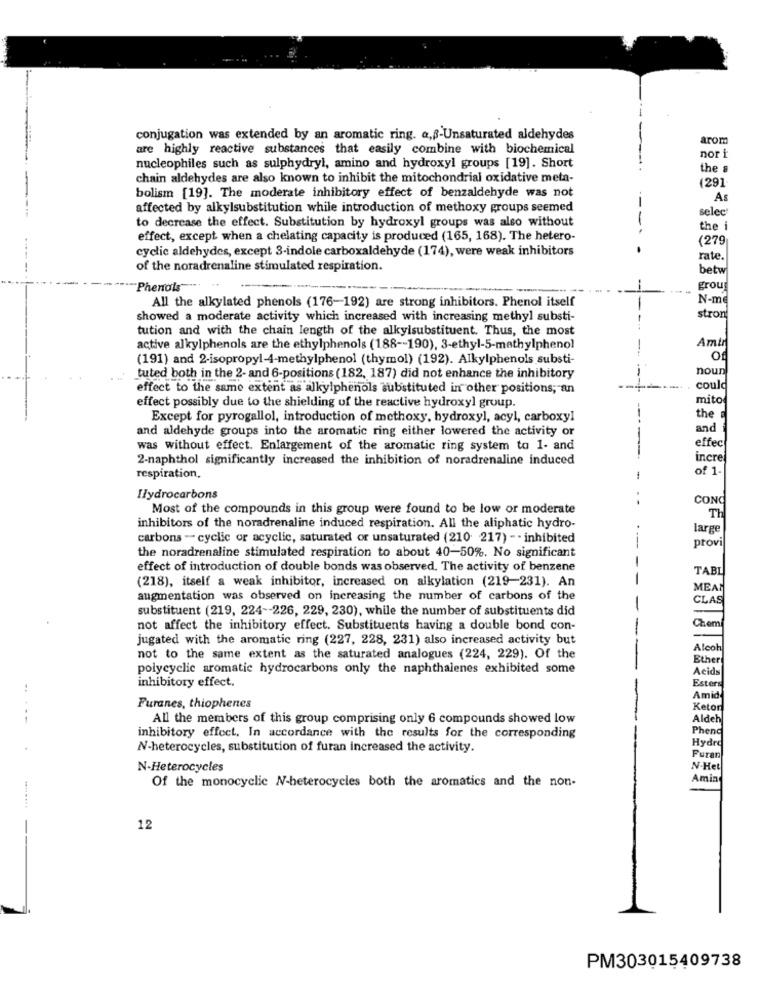
conjugation was extended by an aromatic ring. a,B-Unsaturated aldehydes
arom
are highly reactive substances that easily combine with biochemical
nor i
nucleophiles such as sulphydryl, amino and hydroxyl groups [19]. Short
the .
-
chain aldehydes are also known to inhibit the mitochondrial oxidative meta-
(291
bolism [19]. The moderate inhibitory effect of benzaldehyde was not
As
affected by alkylsubstitution while introduction of methoxy groups seemed
selec'
to decrease the effect. Substitution by hydroxyl groups was also without
----
the i
effect, except when a chelating capacity is produced (165, 168). The hetero-
(279
cyclic aldehydes, except 3-indole carboxaldehyde (174), were weak inhibitors
.
rate.
of the noradrenaline stimulated respiration.
betw
"Phenols" ...
grou
All the alkylated phenols (176-192) are strong inhibitors. Phenol itself
N-me
showed a moderate activity which increased with increasing methyl substi-
stron
tution and with the chain length of the alkylsubstituent. Thus, the most
active alkylphenols are the ethylphenols (188 -- 190), 3-ethyl-5-methylphenol
Amtr
(191) and 2-isopropyl-4-methylphenol (thymol) (192). Alkylphenols substi-
Of
noun
tuted both in the 2- and 6-positions (182, 187) did not enhance the inhibitory
effect to the same extent as alkylphenols substituted in other positions; an
coul
mito
effect possibly due to the shielding of the reactive hydroxyl group.
Except for pyrogallol, introduction of methoxy, hydroxyl, acyl, carboxyl
the
and aldehyde groups into the aromatic ring either lowered the activity or
and
was without effect. Enlargement of the aromatic ring system to 1- and
effec
2-naphthol significantly increased the inhibition of noradrenaline induced
incre
of 1-
respiration,
Hydrocarbons
. .
CONC
Most of the compounds in this group were found to be low or moderate
Th
inhibitors of the noradrenaline induced respiration. All the aliphatic hydro-
large
carbons - cyclic or acyclic, saturated or unsaturated (210 217) -- inhibited
---
provi
the noradrenaline stimulated respiration to about 40-50%. No significant
effect of introduction of double bonds was observed. The activity of benzene
TABL
--
(218), itself a weak inhibitor, increased on alkylation (219-231). An
MEA
augmentation was observed on increasing the number of carbons of the
CLAS
substituent (219, 224 -- 226, 229, 230), while the number of substituents did
-
not affect the inhibitory effect. Substituents having a double bond con-
Chemi
jugated with the aromatic ring (227, 228, 231) also increased activity but
Alcoh
not to the same extent as the saturated analogues (224, 229). Of the
Ether
polycyclic aromatic hydrocarbons only the naphthalenes exhibited some
Acids
inhibitory effect.
Esters
Amid
Furanes, thiophenes
Ketor
...--
All the members of this group comprising only 6 compounds showed low
Aldeh
Phend
inhibitory effect. In accordance with the results for the corresponding
Hydro
N-heterocycles, substitution of furan increased the activity.
Furan
N-Heterocycles
N-Het
Of the monocyclic N-heterocycles both the aromatics and the non-
Amin
12
PM303015409738